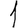
Digit: 1